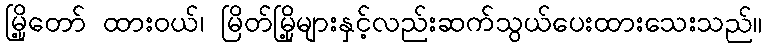
မြို့တော် ထားဝယ်၊ မြိတ်မြို့များနှင့်လည်းဆက်သွယ်ပေးထားသေးသည်။